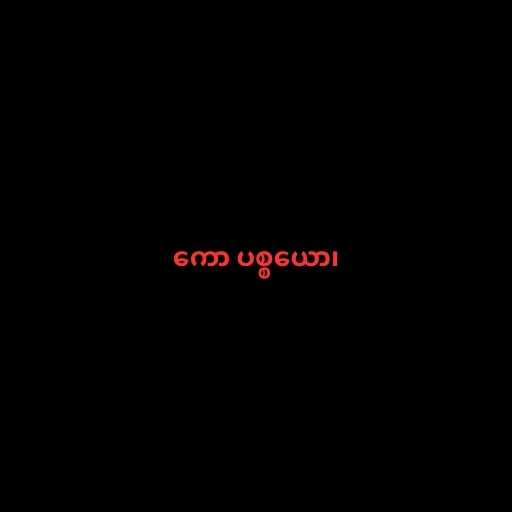
ကော ပစ္စယော၊